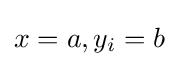
x=a,y_{i}=b